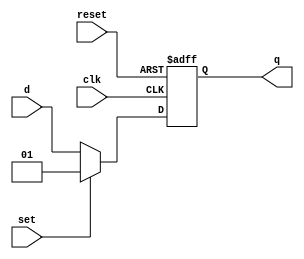
module ffd4(input clk, reset, set, input [1:0]d, output  reg[1:0]q);

always @(posedge clk or posedge reset) 

	if (reset==1) 
		q<=4'b00;
	else if (set==1) q<=4'b01;
		else q<= d;
	
endmodule